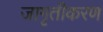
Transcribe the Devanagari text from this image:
जागृतीकरण